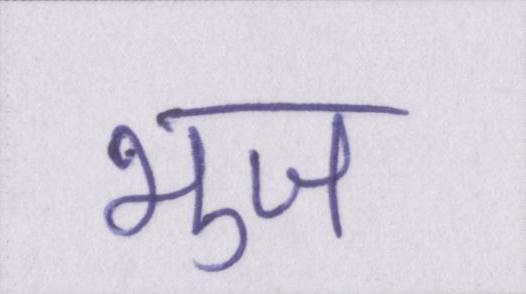
भुज